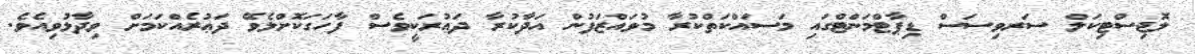
ލޮޖިސްޓިކަލް ސަރވިސަސް ޑިޕާޓްމަންޓްގައި މަސައްކަތްކުރާ މުވައްޒަފުން އަދާކުރާ ދަޢުރަކީވެސް ފާހަގަކޮށްލެވޭ ދަޢުރެއްކަމަށް ވިދާޅުވިއެވެ.